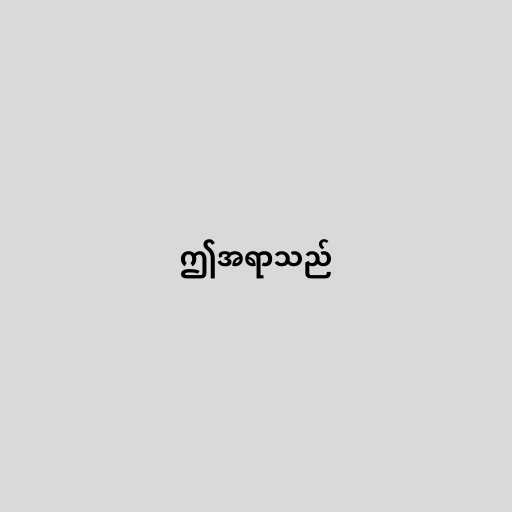
ဤအရာသည်